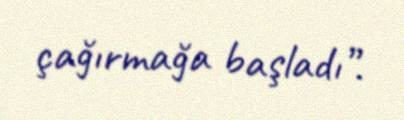
çağırmağa başladı”.